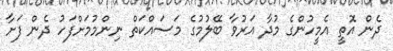
ދެން އޮތީ އެމީހުންގެ މުދާ އަރުވާ ބޭލުމުގެ މަސައްކަތް ނިންމުމަށްފަހު ދެން ފަށާ